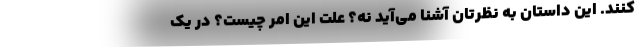
‌کنند. این داستان به نظرتان آشنا می‌آید نه؟ علت این امر چیست؟ در یک